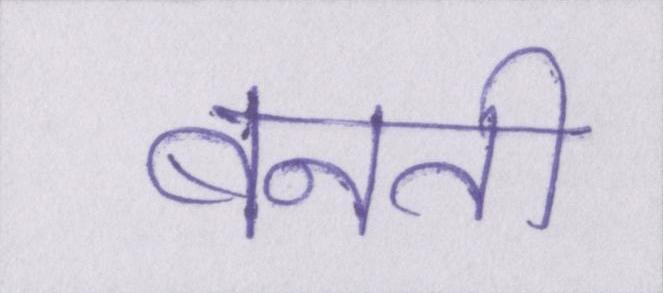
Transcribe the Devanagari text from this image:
बनती